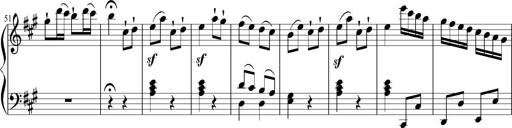
Title: 12 Sonatinas for Piano
Composer: Johann Baptist Vanhal